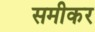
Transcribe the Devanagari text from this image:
समीकर